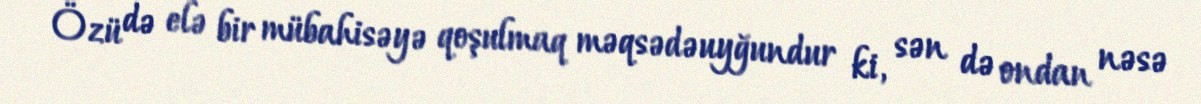
Özü də elə bir mübahisəyə qoşulmaq məqsədəuyğundur ki, sən də ondan nəsə